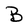
Character: B